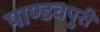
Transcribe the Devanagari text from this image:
पाण्डवपुरी